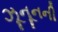
ઝૂનૂનની